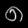
Digit: ၈